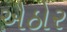
ઐઠોર